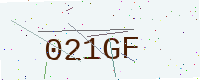
Text: 021GF